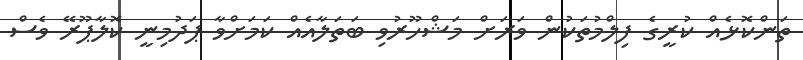
ތަންކޮޅެއް ކުރީގެ ފިލްމުތަކުން ވަރަށް މަޝްހޫރުވި ބަތަލާއެއް ކަމަށްވާ ޕަދުމިނީ ކޮލާޕޫރޭ ވެސް